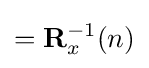
=\mathbf {R} _{x}^{-1}(n)